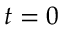
t = 0